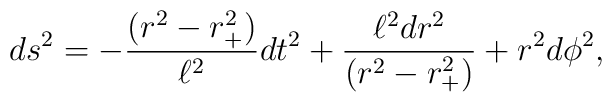
ds^2 = - {(r^2 - r_+^2) \over \ell^2} dt^2 + {\ell^2 dr^2 \over (r^2 - r_+^2)} + r^2 d\phi^2,